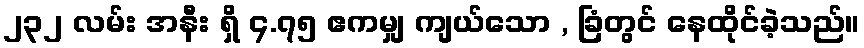
၂၃၂ လမ်း အနီး ရှိ ၄.၇၅ ဧကမျှ ကျယ်သော , ခြံတွင် နေထိုင်ခဲ့သည်။